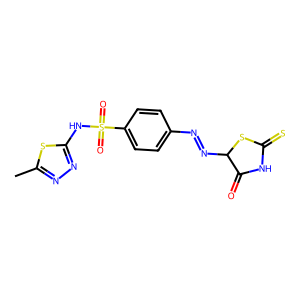
SMILES: Cc1nnc(NS(=O)(=O)c2ccc(N=NC3SC(=S)NC3=O)cc2)s1
Inhibits HIV replication: No